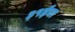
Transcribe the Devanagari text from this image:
३१ईवा